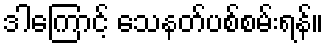
ဒါကြောင့် သေနတ်ပစ်စမ်းရန်။